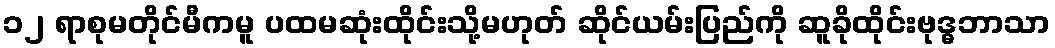
၁၂ ရာစုမတိုင်မီကမူ ပထမဆုံးထိုင်းသို့မဟုတ် ဆိုင်ယမ်းပြည်ကို ဆူခိုထိုင်းဗုဒ္ဓဘာသာ